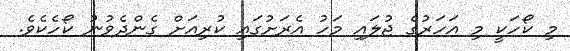
މި ކޯހަކީ މި އަހަރުގެ ޖުލައި މަހު އެރަށުގައި ކުރިއަށް ގެންދެވުނު ކޯހެކެވެ.